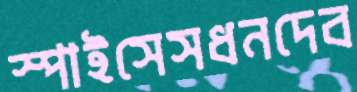
স্পাইসেসধনদেব